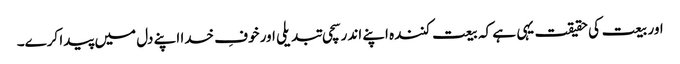
اور بیعت کی حقیقت یہی ہے کہ بیعت کنندہ اپنے اندر سچی تبدیلی اور خوفِ خدا اپنے دل میں پیدا کرے۔